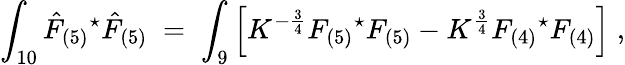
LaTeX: \int_{10}\hat{F}_{(5)}{}^{\star}\hat{F}_{(5)}\; =\; \int_{9}\left[K^{-\frac{3}{4}}F_{(5)}{}^{\star}F_{(5)}-K^{\frac{3}{4}}F_{(4)}{}^{\star}F_{(4)}\right]\; ,